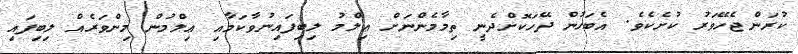
ކުރަންޖެހޭވަރު ކުށެކެވެ. އެބަހުން ދޭހަކޮށްދެނީ ތިމާމެންނަށް ޢިލްމު ލިބިފައިނުވާކަމާއި ޢިލްމުން މިންވަރެއް ލިބިފައި